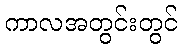
ကာလအတွင်းတွင်